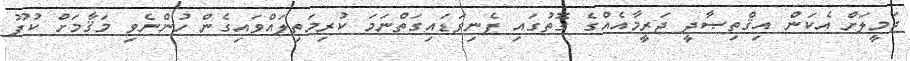
ޖަމީލަށް އެކަން އިޤްތިޞާދީ ޖަރީމާއެއްގެ ގޮތުގައި ފެނިވަޑައިގަތްނަމަ ކުރިމަތިލައްވައިގެން ހުންނެވި މަޤާމަށް ކުފޫ